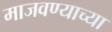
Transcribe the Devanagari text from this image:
माजवण्याच्या